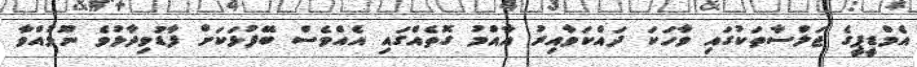
އެމްޑީޕީގެ ޖަލްސާތަކުގައި ވާހަކަ ދައްކަވާއިރު އާއްމު ގޮތެއްގައި އެއްވެސް ބޭފުޅަކަށް ފާޑުވިދާޅުވެ ނޫޅުއްވާ